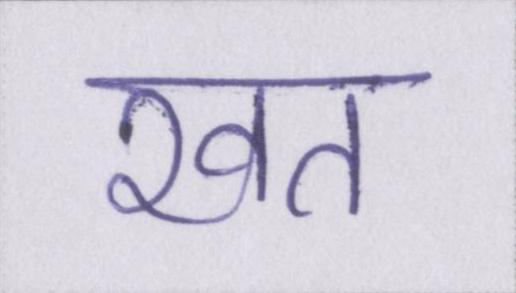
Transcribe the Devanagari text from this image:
खत